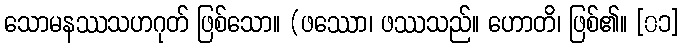
သောမနဿသဟဂုတ် ဖြစ်သော။ (ဖဿော၊ ဖဿသည်။ ဟောတိ၊ ဖြစ်၏။ [၀၁]